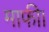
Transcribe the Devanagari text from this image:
माफी।